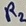
Text: R2